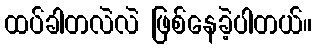
ထပ်ခါတလဲလဲ ဖြစ်နေခဲ့ပါတယ်။